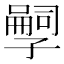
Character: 𫲱